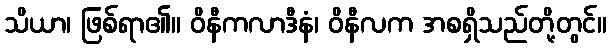
သိယာ၊ ဖြစ်ရာ၏။ ဝိနီကလာဒီနံ၊ ဝိနီလက အစရှိသည်တို့တွင်။